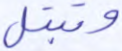
وتبتل